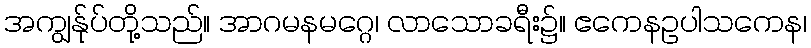
အကျွန်ုပ်တို့သည်။ အာဂမနမဂ္ဂေ၊ လာသောခရီး၌။ ဧကေနဥပါသကေန၊